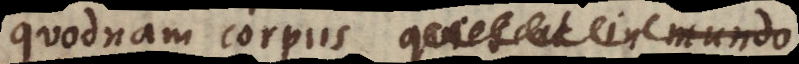
quodnam corpus quiescat in mundo